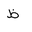
Letter: _za